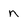
Character: n